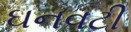
ઘનવટી